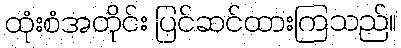
ထုံးစံအတိုင်း ပြင်ဆင်ထားကြသည်။